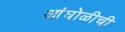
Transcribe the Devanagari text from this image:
आंघोळीची